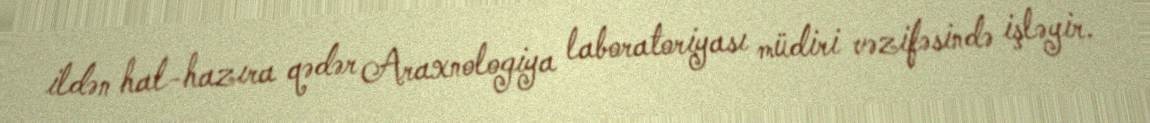
ildən hal-hazıra qədər Araxnologiya laboratoriyası müdiri vəzifəsində işləyir.